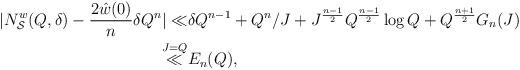
LaTeX: \begin{align*}|N_\mathcal{S}^w(Q,\delta)-\frac{2\hat{w}(0)}{n} \delta Q^n|\ll& \delta Q^{n-1}+Q^{n}/J+J^{\frac{n-1}2}Q^{\frac{n-1}2}\log Q+Q^{\frac{n+1}2}G_n(J)\\\stackrel{J=Q}{\ll} &E_n(Q),\end{align*}